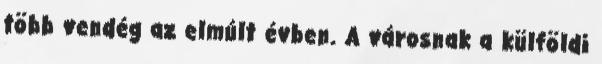
több vendég az elmúlt évben. A városnak a külföldi